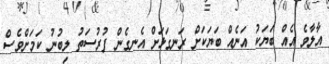
އާލާވެ އެއް ބަޔަކު އަނެއް ބަޔަކަށް ރަނގަޅަށް އެނގެން ފުރުސަތު ލިބުނު ކަމަށްވެސް